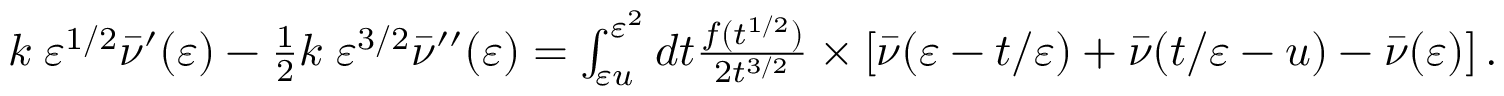
\begin{array} { r } { k \; \varepsilon ^ { 1 / 2 } \bar { \nu } ^ { \prime } ( \varepsilon ) - \frac { 1 } { 2 } k \; \varepsilon ^ { 3 / 2 } \bar { \nu } ^ { \prime \prime } ( \varepsilon ) = \int _ { \varepsilon u } ^ { \varepsilon ^ { 2 } } d t \frac { f ( t ^ { 1 / 2 } ) } { 2 t ^ { 3 / 2 } } \times \left[ \bar { \nu } ( \varepsilon - t / \varepsilon ) + \bar { \nu } ( t / \varepsilon - u ) - \bar { \nu } ( \varepsilon ) \right] . } \end{array}